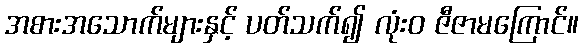
အစားအသောက်များနှင့် ပတ်သက်၍ လုံးဝ ဇီဇာမကြောင်။